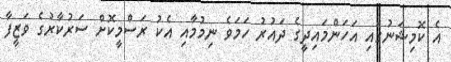
އެ ކޮމިޝަނުގައި އަހަންމައިދީގެ ދައުރު ހަމަވެ ނިމުމާއި އެކު ރަސްމީކޮށް ސަރުކާރުގެ ވަޒީފާ